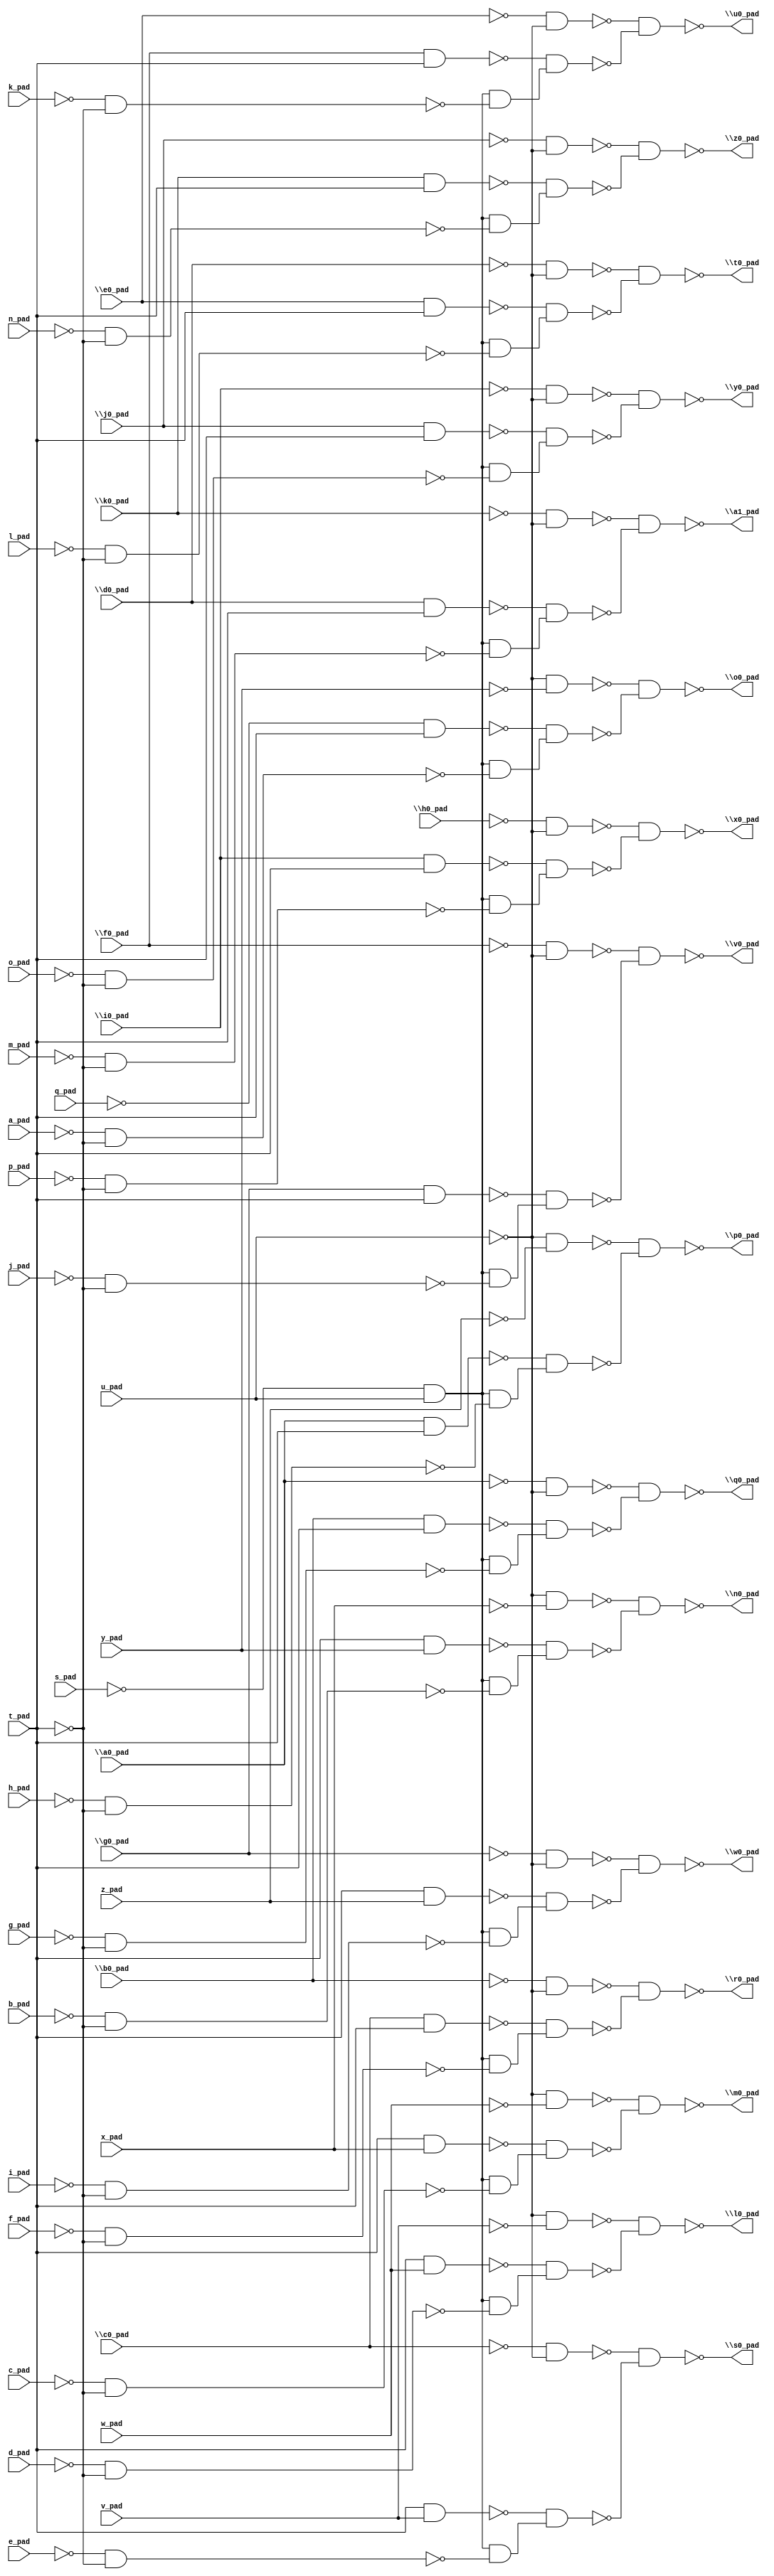
module top( \a0_pad  , a_pad , \b0_pad  , b_pad , \c0_pad  , c_pad , \d0_pad  , d_pad , \e0_pad  , e_pad , \f0_pad  , f_pad , \g0_pad  , g_pad , \h0_pad  , h_pad , \i0_pad  , i_pad , \j0_pad  , j_pad , \k0_pad  , k_pad , l_pad , m_pad , n_pad , o_pad , p_pad , q_pad , s_pad , t_pad , u_pad , v_pad , w_pad , x_pad , y_pad , z_pad , \a1_pad  , \l0_pad  , \m0_pad  , \n0_pad  , \o0_pad  , \p0_pad  , \q0_pad  , \r0_pad  , \s0_pad  , \t0_pad  , \u0_pad  , \v0_pad  , \w0_pad  , \x0_pad  , \y0_pad  , \z0_pad  );
  input \a0_pad  ;
  input a_pad ;
  input \b0_pad  ;
  input b_pad ;
  input \c0_pad  ;
  input c_pad ;
  input \d0_pad  ;
  input d_pad ;
  input \e0_pad  ;
  input e_pad ;
  input \f0_pad  ;
  input f_pad ;
  input \g0_pad  ;
  input g_pad ;
  input \h0_pad  ;
  input h_pad ;
  input \i0_pad  ;
  input i_pad ;
  input \j0_pad  ;
  input j_pad ;
  input \k0_pad  ;
  input k_pad ;
  input l_pad ;
  input m_pad ;
  input n_pad ;
  input o_pad ;
  input p_pad ;
  input q_pad ;
  input s_pad ;
  input t_pad ;
  input u_pad ;
  input v_pad ;
  input w_pad ;
  input x_pad ;
  input y_pad ;
  input z_pad ;
  output \a1_pad  ;
  output \l0_pad  ;
  output \m0_pad  ;
  output \n0_pad  ;
  output \o0_pad  ;
  output \p0_pad  ;
  output \q0_pad  ;
  output \r0_pad  ;
  output \s0_pad  ;
  output \t0_pad  ;
  output \u0_pad  ;
  output \v0_pad  ;
  output \w0_pad  ;
  output \x0_pad  ;
  output \y0_pad  ;
  output \z0_pad  ;
  wire n37 , n38 , n39 , n40 , n41 , n42 , n43 , n44 , n45 , n46 , n47 , n48 , n49 , n50 , n51 , n52 , n53 , n54 , n55 , n56 , n57 , n58 , n59 , n60 , n61 , n62 , n63 , n64 , n65 , n66 , n67 , n68 , n69 , n70 , n71 , n72 , n73 , n74 , n75 , n76 , n77 , n78 , n79 , n80 , n81 , n82 , n83 , n84 , n85 , n86 , n87 , n88 , n89 , n90 , n91 , n92 , n93 , n94 , n95 , n96 , n97 , n98 , n99 , n100 , n101 , n102 , n103 , n104 , n105 , n106 , n107 , n108 , n109 , n110 , n111 , n112 , n113 , n114 , n115 , n116 , n117 , n118 , n119 , n120 , n121 , n122 , n123 , n124 , n125 , n126 , n127 , n128 , n129 , n130 , n131 , n132 , n133 ;
  assign n37 = ~\k0_pad  & ~u_pad ;
  assign n40 = \d0_pad  & t_pad ;
  assign n38 = ~s_pad & u_pad ;
  assign n39 = ~m_pad & ~t_pad ;
  assign n41 = n38 & ~n39 ;
  assign n42 = ~n40 & n41 ;
  assign n43 = ~n37 & ~n42 ;
  assign n44 = ~u_pad & ~v_pad ;
  assign n46 = t_pad & w_pad ;
  assign n45 = ~d_pad & ~t_pad ;
  assign n47 = n38 & ~n45 ;
  assign n48 = ~n46 & n47 ;
  assign n49 = ~n44 & ~n48 ;
  assign n50 = ~u_pad & ~w_pad ;
  assign n52 = t_pad & x_pad ;
  assign n51 = ~c_pad & ~t_pad ;
  assign n53 = n38 & ~n51 ;
  assign n54 = ~n52 & n53 ;
  assign n55 = ~n50 & ~n54 ;
  assign n56 = ~u_pad & ~x_pad ;
  assign n58 = t_pad & y_pad ;
  assign n57 = ~b_pad & ~t_pad ;
  assign n59 = n38 & ~n57 ;
  assign n60 = ~n58 & n59 ;
  assign n61 = ~n56 & ~n60 ;
  assign n62 = ~u_pad & ~y_pad ;
  assign n64 = ~q_pad & t_pad ;
  assign n63 = ~a_pad & ~t_pad ;
  assign n65 = n38 & ~n63 ;
  assign n66 = ~n64 & n65 ;
  assign n67 = ~n62 & ~n66 ;
  assign n68 = ~u_pad & ~z_pad ;
  assign n70 = \a0_pad  & t_pad ;
  assign n69 = ~h_pad & ~t_pad ;
  assign n71 = n38 & ~n69 ;
  assign n72 = ~n70 & n71 ;
  assign n73 = ~n68 & ~n72 ;
  assign n74 = ~\a0_pad  & ~u_pad ;
  assign n76 = \b0_pad  & t_pad ;
  assign n75 = ~g_pad & ~t_pad ;
  assign n77 = n38 & ~n75 ;
  assign n78 = ~n76 & n77 ;
  assign n79 = ~n74 & ~n78 ;
  assign n80 = ~\b0_pad  & ~u_pad ;
  assign n82 = \c0_pad  & t_pad ;
  assign n81 = ~f_pad & ~t_pad ;
  assign n83 = n38 & ~n81 ;
  assign n84 = ~n82 & n83 ;
  assign n85 = ~n80 & ~n84 ;
  assign n86 = ~\c0_pad  & ~u_pad ;
  assign n88 = t_pad & v_pad ;
  assign n87 = ~e_pad & ~t_pad ;
  assign n89 = n38 & ~n87 ;
  assign n90 = ~n88 & n89 ;
  assign n91 = ~n86 & ~n90 ;
  assign n92 = ~\d0_pad  & ~u_pad ;
  assign n94 = \e0_pad  & t_pad ;
  assign n93 = ~l_pad & ~t_pad ;
  assign n95 = n38 & ~n93 ;
  assign n96 = ~n94 & n95 ;
  assign n97 = ~n92 & ~n96 ;
  assign n98 = ~\e0_pad  & ~u_pad ;
  assign n100 = \f0_pad  & t_pad ;
  assign n99 = ~k_pad & ~t_pad ;
  assign n101 = n38 & ~n99 ;
  assign n102 = ~n100 & n101 ;
  assign n103 = ~n98 & ~n102 ;
  assign n104 = ~\f0_pad  & ~u_pad ;
  assign n106 = \g0_pad  & t_pad ;
  assign n105 = ~j_pad & ~t_pad ;
  assign n107 = n38 & ~n105 ;
  assign n108 = ~n106 & n107 ;
  assign n109 = ~n104 & ~n108 ;
  assign n110 = ~\g0_pad  & ~u_pad ;
  assign n112 = t_pad & z_pad ;
  assign n111 = ~i_pad & ~t_pad ;
  assign n113 = n38 & ~n111 ;
  assign n114 = ~n112 & n113 ;
  assign n115 = ~n110 & ~n114 ;
  assign n116 = ~\h0_pad  & ~u_pad ;
  assign n118 = \i0_pad  & t_pad ;
  assign n117 = ~p_pad & ~t_pad ;
  assign n119 = n38 & ~n117 ;
  assign n120 = ~n118 & n119 ;
  assign n121 = ~n116 & ~n120 ;
  assign n122 = ~\i0_pad  & ~u_pad ;
  assign n124 = \j0_pad  & t_pad ;
  assign n123 = ~o_pad & ~t_pad ;
  assign n125 = n38 & ~n123 ;
  assign n126 = ~n124 & n125 ;
  assign n127 = ~n122 & ~n126 ;
  assign n128 = ~\j0_pad  & ~u_pad ;
  assign n130 = \k0_pad  & t_pad ;
  assign n129 = ~n_pad & ~t_pad ;
  assign n131 = n38 & ~n129 ;
  assign n132 = ~n130 & n131 ;
  assign n133 = ~n128 & ~n132 ;
  assign \a1_pad  = ~n43 ;
  assign \l0_pad  = ~n49 ;
  assign \m0_pad  = ~n55 ;
  assign \n0_pad  = ~n61 ;
  assign \o0_pad  = ~n67 ;
  assign \p0_pad  = ~n73 ;
  assign \q0_pad  = ~n79 ;
  assign \r0_pad  = ~n85 ;
  assign \s0_pad  = ~n91 ;
  assign \t0_pad  = ~n97 ;
  assign \u0_pad  = ~n103 ;
  assign \v0_pad  = ~n109 ;
  assign \w0_pad  = ~n115 ;
  assign \x0_pad  = ~n121 ;
  assign \y0_pad  = ~n127 ;
  assign \z0_pad  = ~n133 ;
endmodule